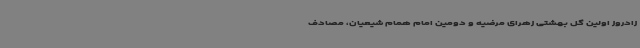
زادروز اولین گل بهشتی زهرای مرضیه و دومین امام همام شیعیان، مصادف